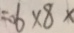
= 6 \times 8 \times